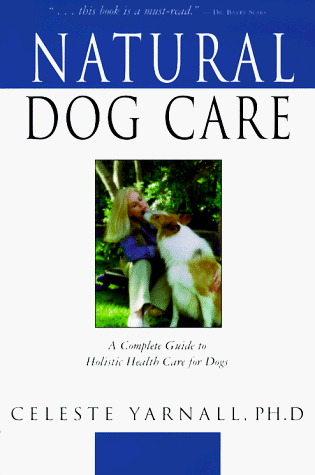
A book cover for Natural Dog Care; Celeste Yarnall Dr.; Medical Books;